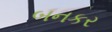
બનકર